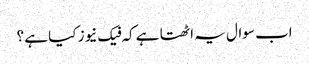
اب سوال یہ اٹھتا ہے کہ فیک نیوز کیا ہے ؟